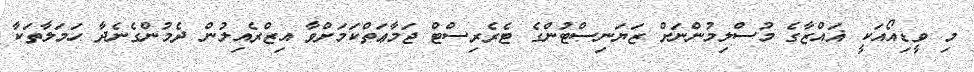
މި ވީޑިއޯއަކީ ޣައްޒާގެ މުސްލިމުންނަށް ޒަޔަނިސްޓުންގެ ޓެރެރިސްޓް ޖަމާޢަތްކަމަށްވާ އިޒްރެއިލުން ދެމުންގެނެދާ ހަމަލާތަކާ